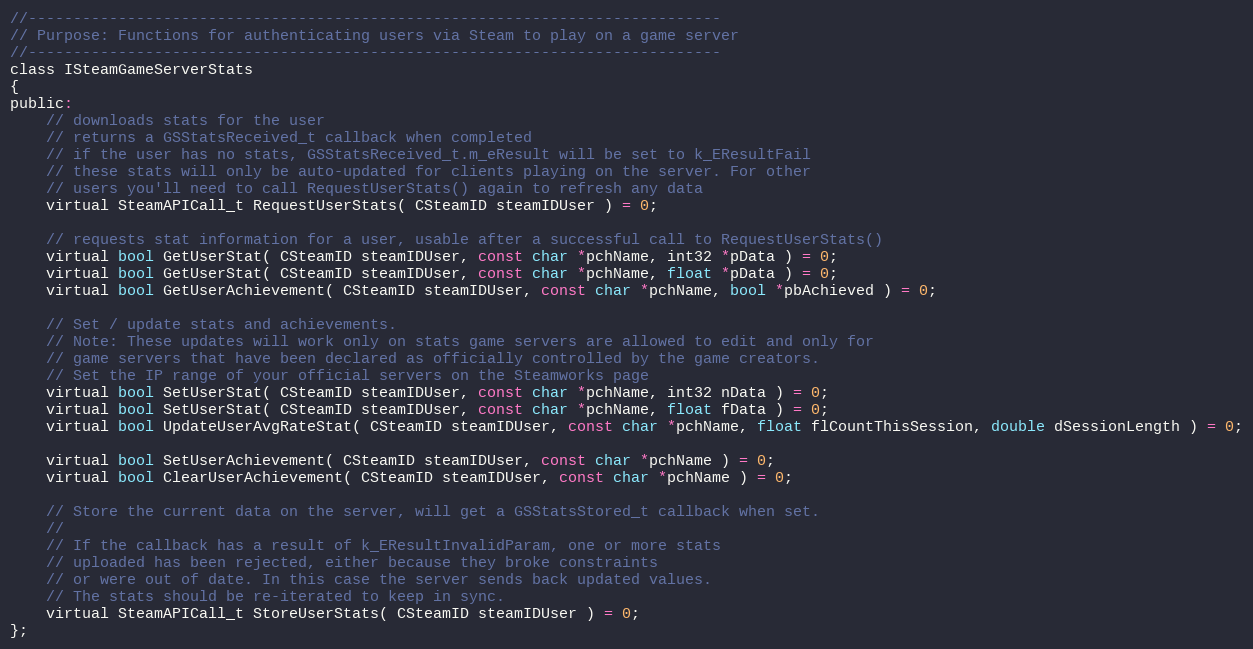
Language: C
//-----------------------------------------------------------------------------
// Purpose: Functions for authenticating users via Steam to play on a game server
//-----------------------------------------------------------------------------
class ISteamGameServerStats
{
public:
	// downloads stats for the user
	// returns a GSStatsReceived_t callback when completed
	// if the user has no stats, GSStatsReceived_t.m_eResult will be set to k_EResultFail
	// these stats will only be auto-updated for clients playing on the server. For other
	// users you'll need to call RequestUserStats() again to refresh any data
	virtual SteamAPICall_t RequestUserStats( CSteamID steamIDUser ) = 0;

	// requests stat information for a user, usable after a successful call to RequestUserStats()
	virtual bool GetUserStat( CSteamID steamIDUser, const char *pchName, int32 *pData ) = 0;
	virtual bool GetUserStat( CSteamID steamIDUser, const char *pchName, float *pData ) = 0;
	virtual bool GetUserAchievement( CSteamID steamIDUser, const char *pchName, bool *pbAchieved ) = 0;

	// Set / update stats and achievements.
	// Note: These updates will work only on stats game servers are allowed to edit and only for
	// game servers that have been declared as officially controlled by the game creators.
	// Set the IP range of your official servers on the Steamworks page
	virtual bool SetUserStat( CSteamID steamIDUser, const char *pchName, int32 nData ) = 0;
	virtual bool SetUserStat( CSteamID steamIDUser, const char *pchName, float fData ) = 0;
	virtual bool UpdateUserAvgRateStat( CSteamID steamIDUser, const char *pchName, float flCountThisSession, double dSessionLength ) = 0;

	virtual bool SetUserAchievement( CSteamID steamIDUser, const char *pchName ) = 0;
	virtual bool ClearUserAchievement( CSteamID steamIDUser, const char *pchName ) = 0;

	// Store the current data on the server, will get a GSStatsStored_t callback when set.
	//
	// If the callback has a result of k_EResultInvalidParam, one or more stats
	// uploaded has been rejected, either because they broke constraints
	// or were out of date. In this case the server sends back updated values.
	// The stats should be re-iterated to keep in sync.
	virtual SteamAPICall_t StoreUserStats( CSteamID steamIDUser ) = 0;
};